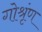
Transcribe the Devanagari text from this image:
गोश्रृंण